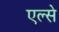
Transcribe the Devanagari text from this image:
एल्से